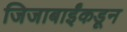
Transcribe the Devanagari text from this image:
जिजाबाईंकडून